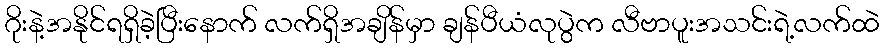
ဂိုးနဲ့အနိုင်ရရှိခဲ့ပြီးနောက် လက်ရှိအချိန်မှာ ချန်ပီယံလုပွဲက လီဗာပူးအသင်းရဲ့လက်ထဲ